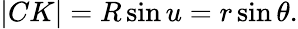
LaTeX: |CK|=R\sin u=r\sin\theta.